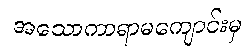
အသောကာရာမကျောင်းမှ